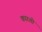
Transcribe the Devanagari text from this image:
कारतो